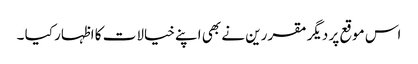
اس موقع پر دیگر مقررین نے بھی اپنے خیالات کا اظہار کیا ۔